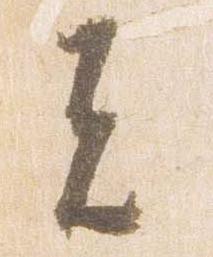
者